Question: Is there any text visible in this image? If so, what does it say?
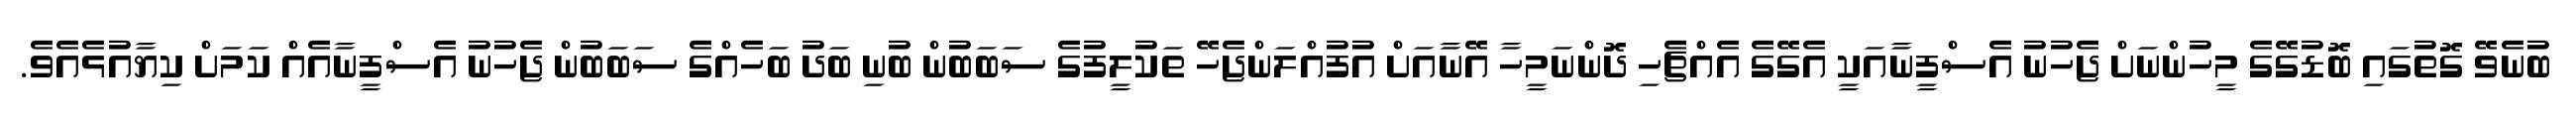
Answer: ބުނެވޭ ގޮތުގައި ބޮޑުގޭގެ މީހުންނަށް ޖެހުނު އެސްފީނާއަކީ އެގޭގެ އެއްޗެހި ދޮންނަމީހާ އޭނާއަށް އުފުއްލަންޖެހޭ ތަކުލީފުގެ ސަބަބުން ބުނި ބަދު ބަހެއްގެ ސަބަބުން ޖެހުނު އެސްފީނާއެއް ކަމަށް ކިޔާއުޅެއެވެ.